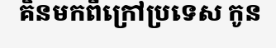
គិនមកពីក្រៅប្រទេស កូន